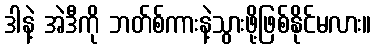
ဒါနဲ့ အဲဒီကို ဘတ်စ်ကားနဲ့သွားဖို့ဖြစ်နိုင်မလား။